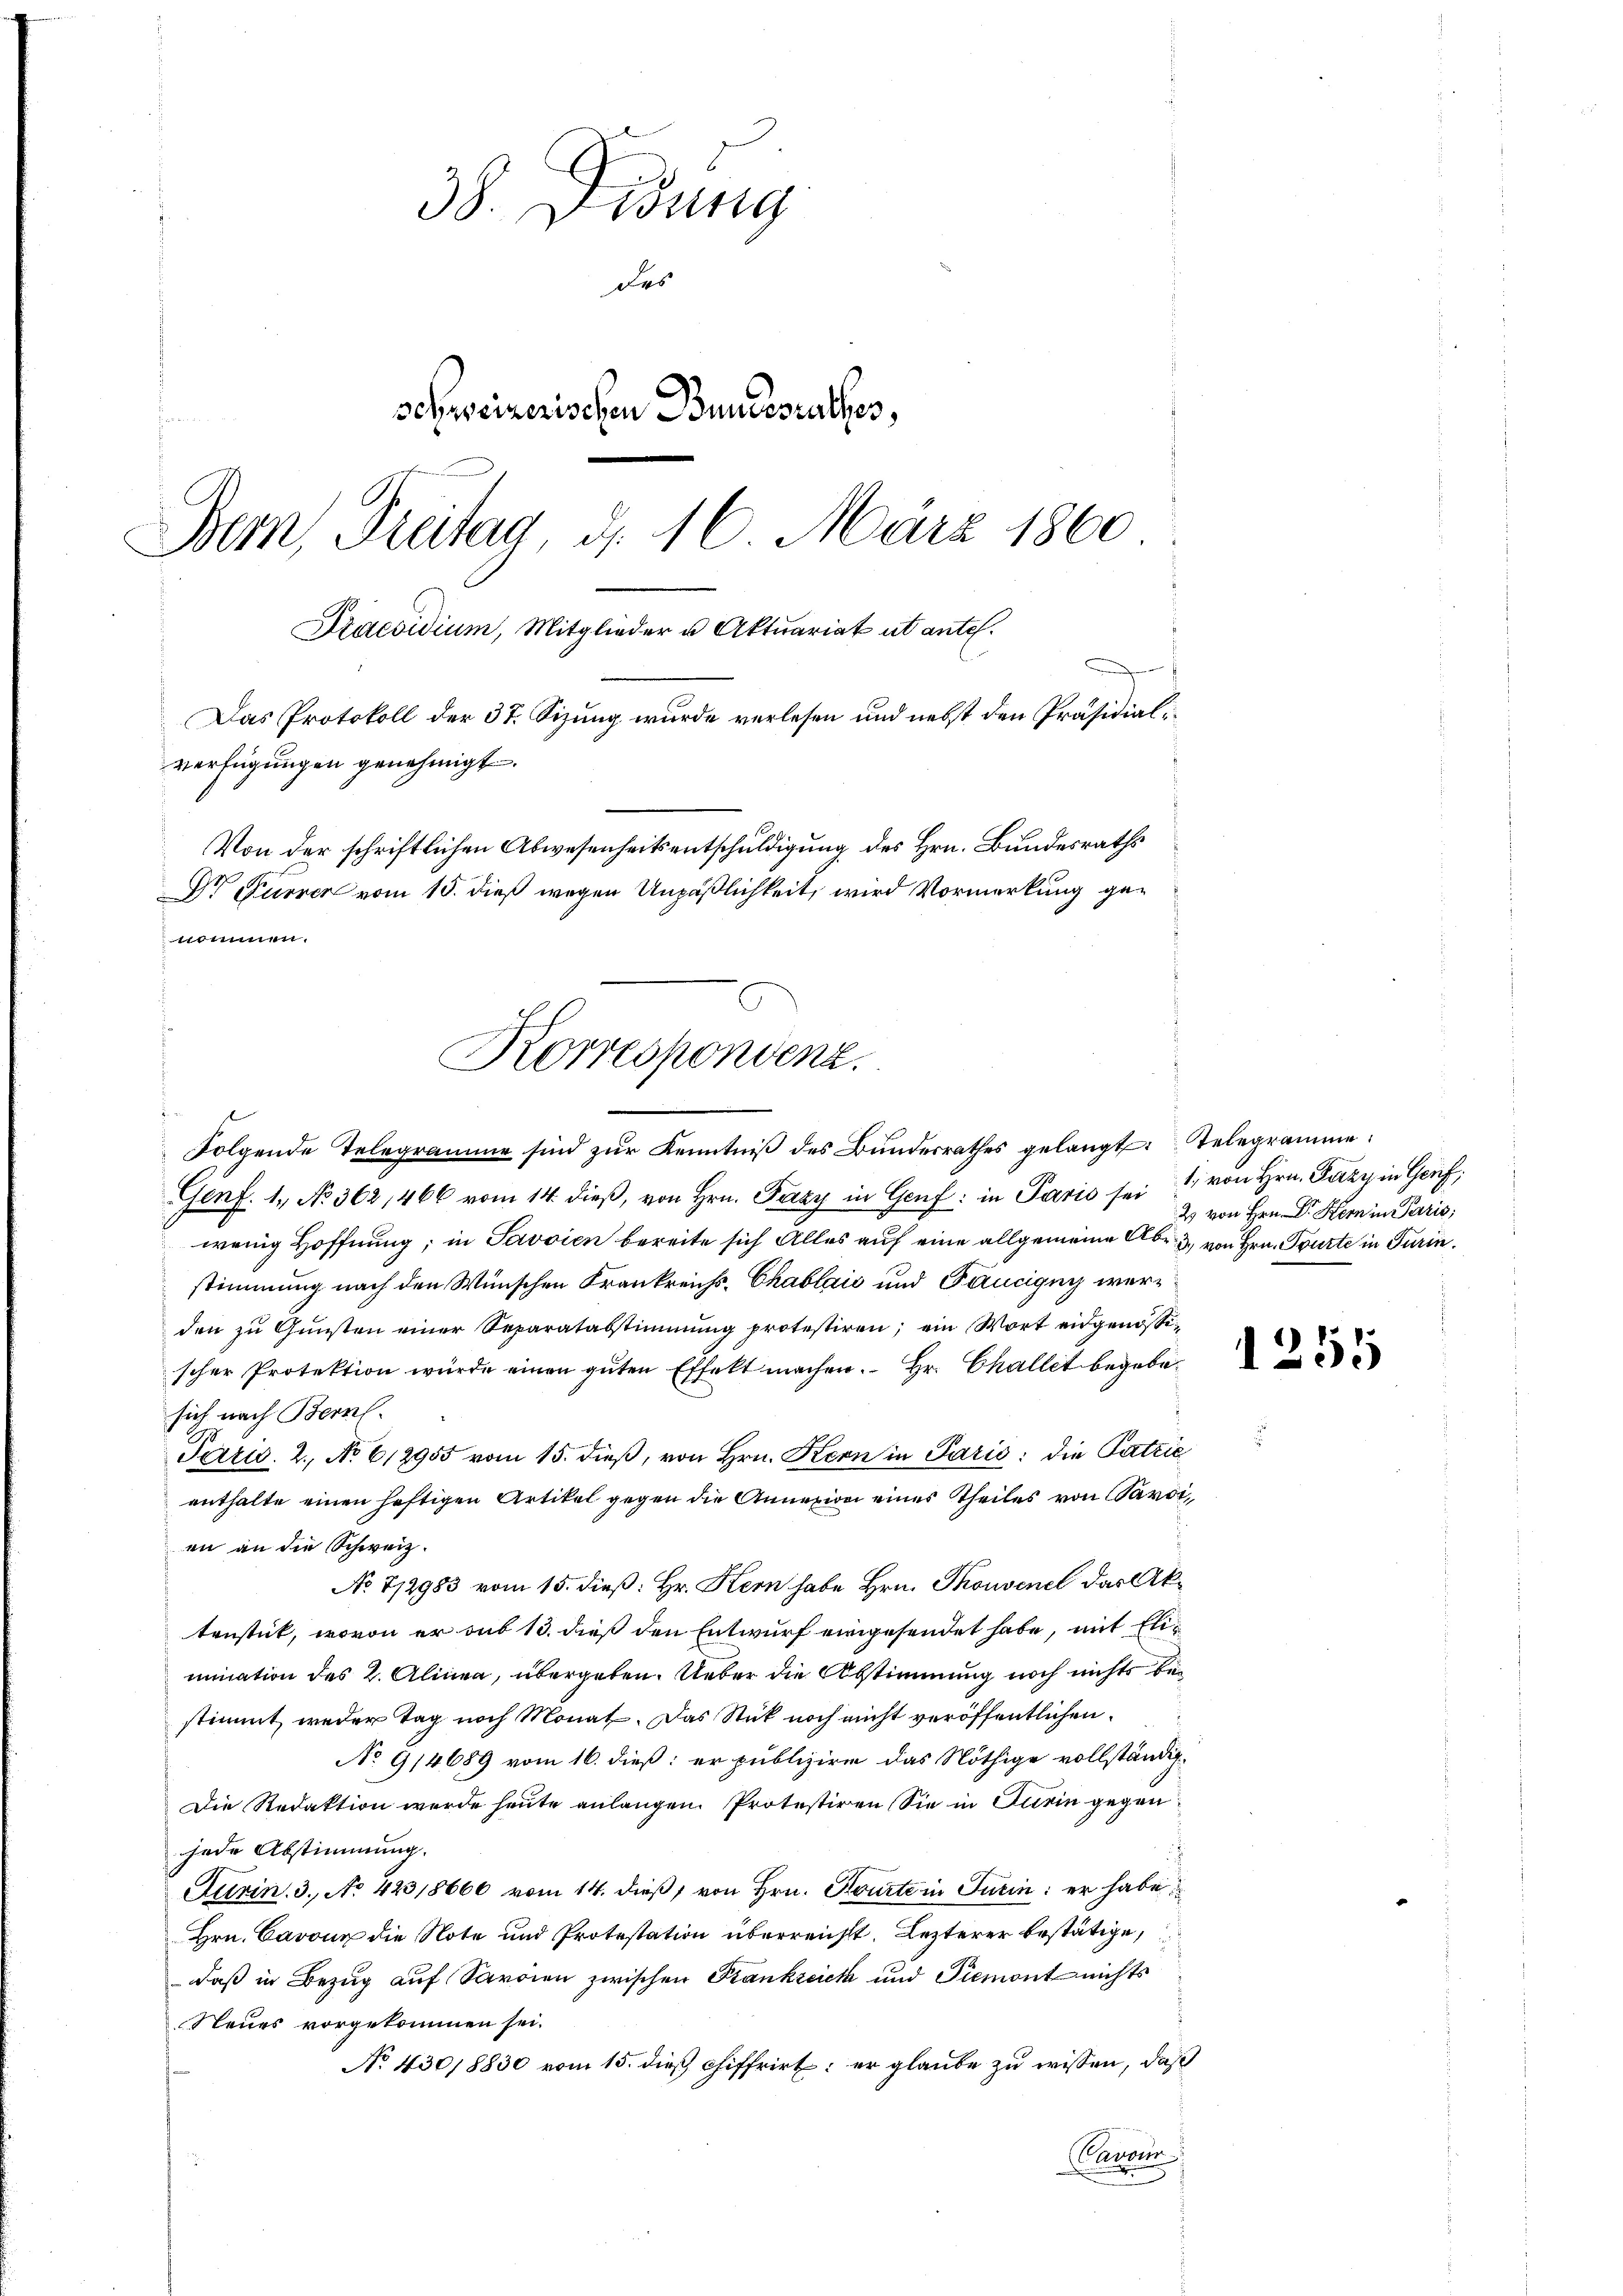
38. Didung
des
schweizerischen Bundesrathes,
Bem, Freitag d. 16. März 1860
Praesidium, Mitglieder u Aktuariat ut antel.
Das Protokoll der 37. Sizung wurde verlesen und nebst den Präsidialverfügungen genehmigt.
Von der schriftlichen Abwesenheitsentschuldigung des Hrn. Bundesraths
Dr Furrer vom 15. dieß wegen Unpäßlichkeit, wird Vormerkung genommen.

Korrespondenz.
Folgende Telegramme sind zŭr Kenntniβ des Bŭndesrathes gelangt: Telegramme

Genf. 1. No. 362, 466 vom 14. dieβ, von Hrn. Fazy in Genf in Paris sei 1 von Hrn. Fazy in Genf,
wenig Hoffnung; in Javaien bereite sich Alles auf eine allgemeine Abr. 3. von Hrn. Tourte in Turin.
stimmung nach den Wünschen Frankreichs-Chablaić und Fäucigny werden zu Gunsten einer Reparatabstimmung protestiren; ein Wort eidgenössischer Protektion wurde einen guten Effekt machen. Hr. Challet begebesich nach Bern.
Paris. 2. No 612955 vom 15. dieß, von Hrn. Kern in Parić: die Patzie
enthalte einen heftigen Artikel gegen die Annezwei eines Theiles von avoi
en an die Schweiz.
No 712983 vom 15. dieß: Hr. Kern habe Hrn. Thonvenel das Aktenstück, wovon er sub 13. dieß den Entwurf eingesendet habe, mit Elimination des 2. Alinea, übergeben. Ueber die Abstimmung noch nichts bestimmt weder Tag noch Monat. Das Stück noch nicht veröffentlichen
No 914689 vom 16. dieß: er publizire das Nöthige vollständig-
Die Redaktion werde heute anlangen. Protestiren Sie in Turin gegen
jede Abstimmung.
Jurin. 3. No 423,8666 vom 14. dieß, von Hrn. Kourte in Turin: er habe
Hrn. Cavon die Note und Protestation überreicht. Lezterer bestätige,
daß in Bezug auf Sardien zwischen Frankreich und Piemont nichts
Steuers vorgekommen sei.
No 430/8830 vom 15. dieß chiffrirt; er glaube zu wissen, daß
Canonin

2 von Hrn. Dr. Kern in Paris;

1251